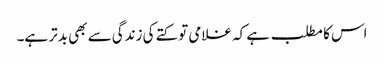
اس کا مطلب ہے کہ غلامی تو کتے کی زندگی سے بھی بدتر ہے۔